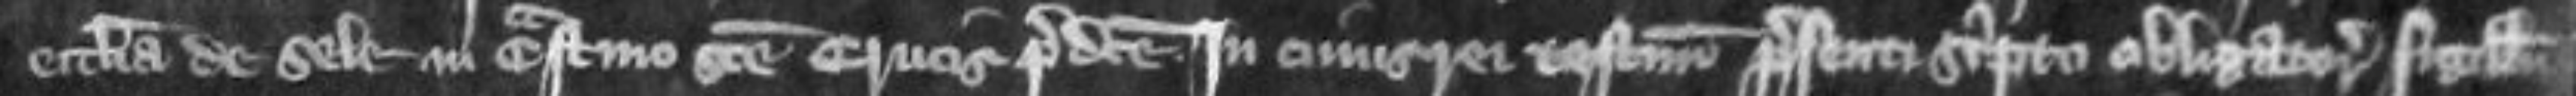
ecclesia de Sele in crastino Sancte Crucis predicto In cuius rei testimonio presenti scripto obligatorio sigillum